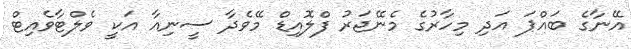
އޭނާގެ ބައްޕަ އަދި މިހާރުގެ މެނޭޖަރު ފްލޮއިޑް މޭވެދާ ސީނިއާ އަކީ ވެލްޓާވެއިޓް